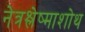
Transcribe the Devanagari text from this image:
नेत्रश्लेष्माशोथ